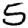
Digit: 5